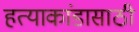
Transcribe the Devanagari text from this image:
हत्याकांडासाठी